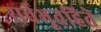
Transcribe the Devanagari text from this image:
सर्वभूतहिते